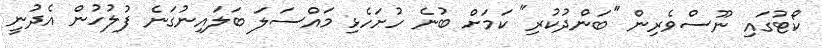
ކޯޓުގައި ނޫސްވެރިން "ބަންދުކުރި" ކަމަށް ބުނެ ހުށަހެޅި މައްސަލަ ބަލައިނުގަނެ ފުލުހުން އެދުނީ